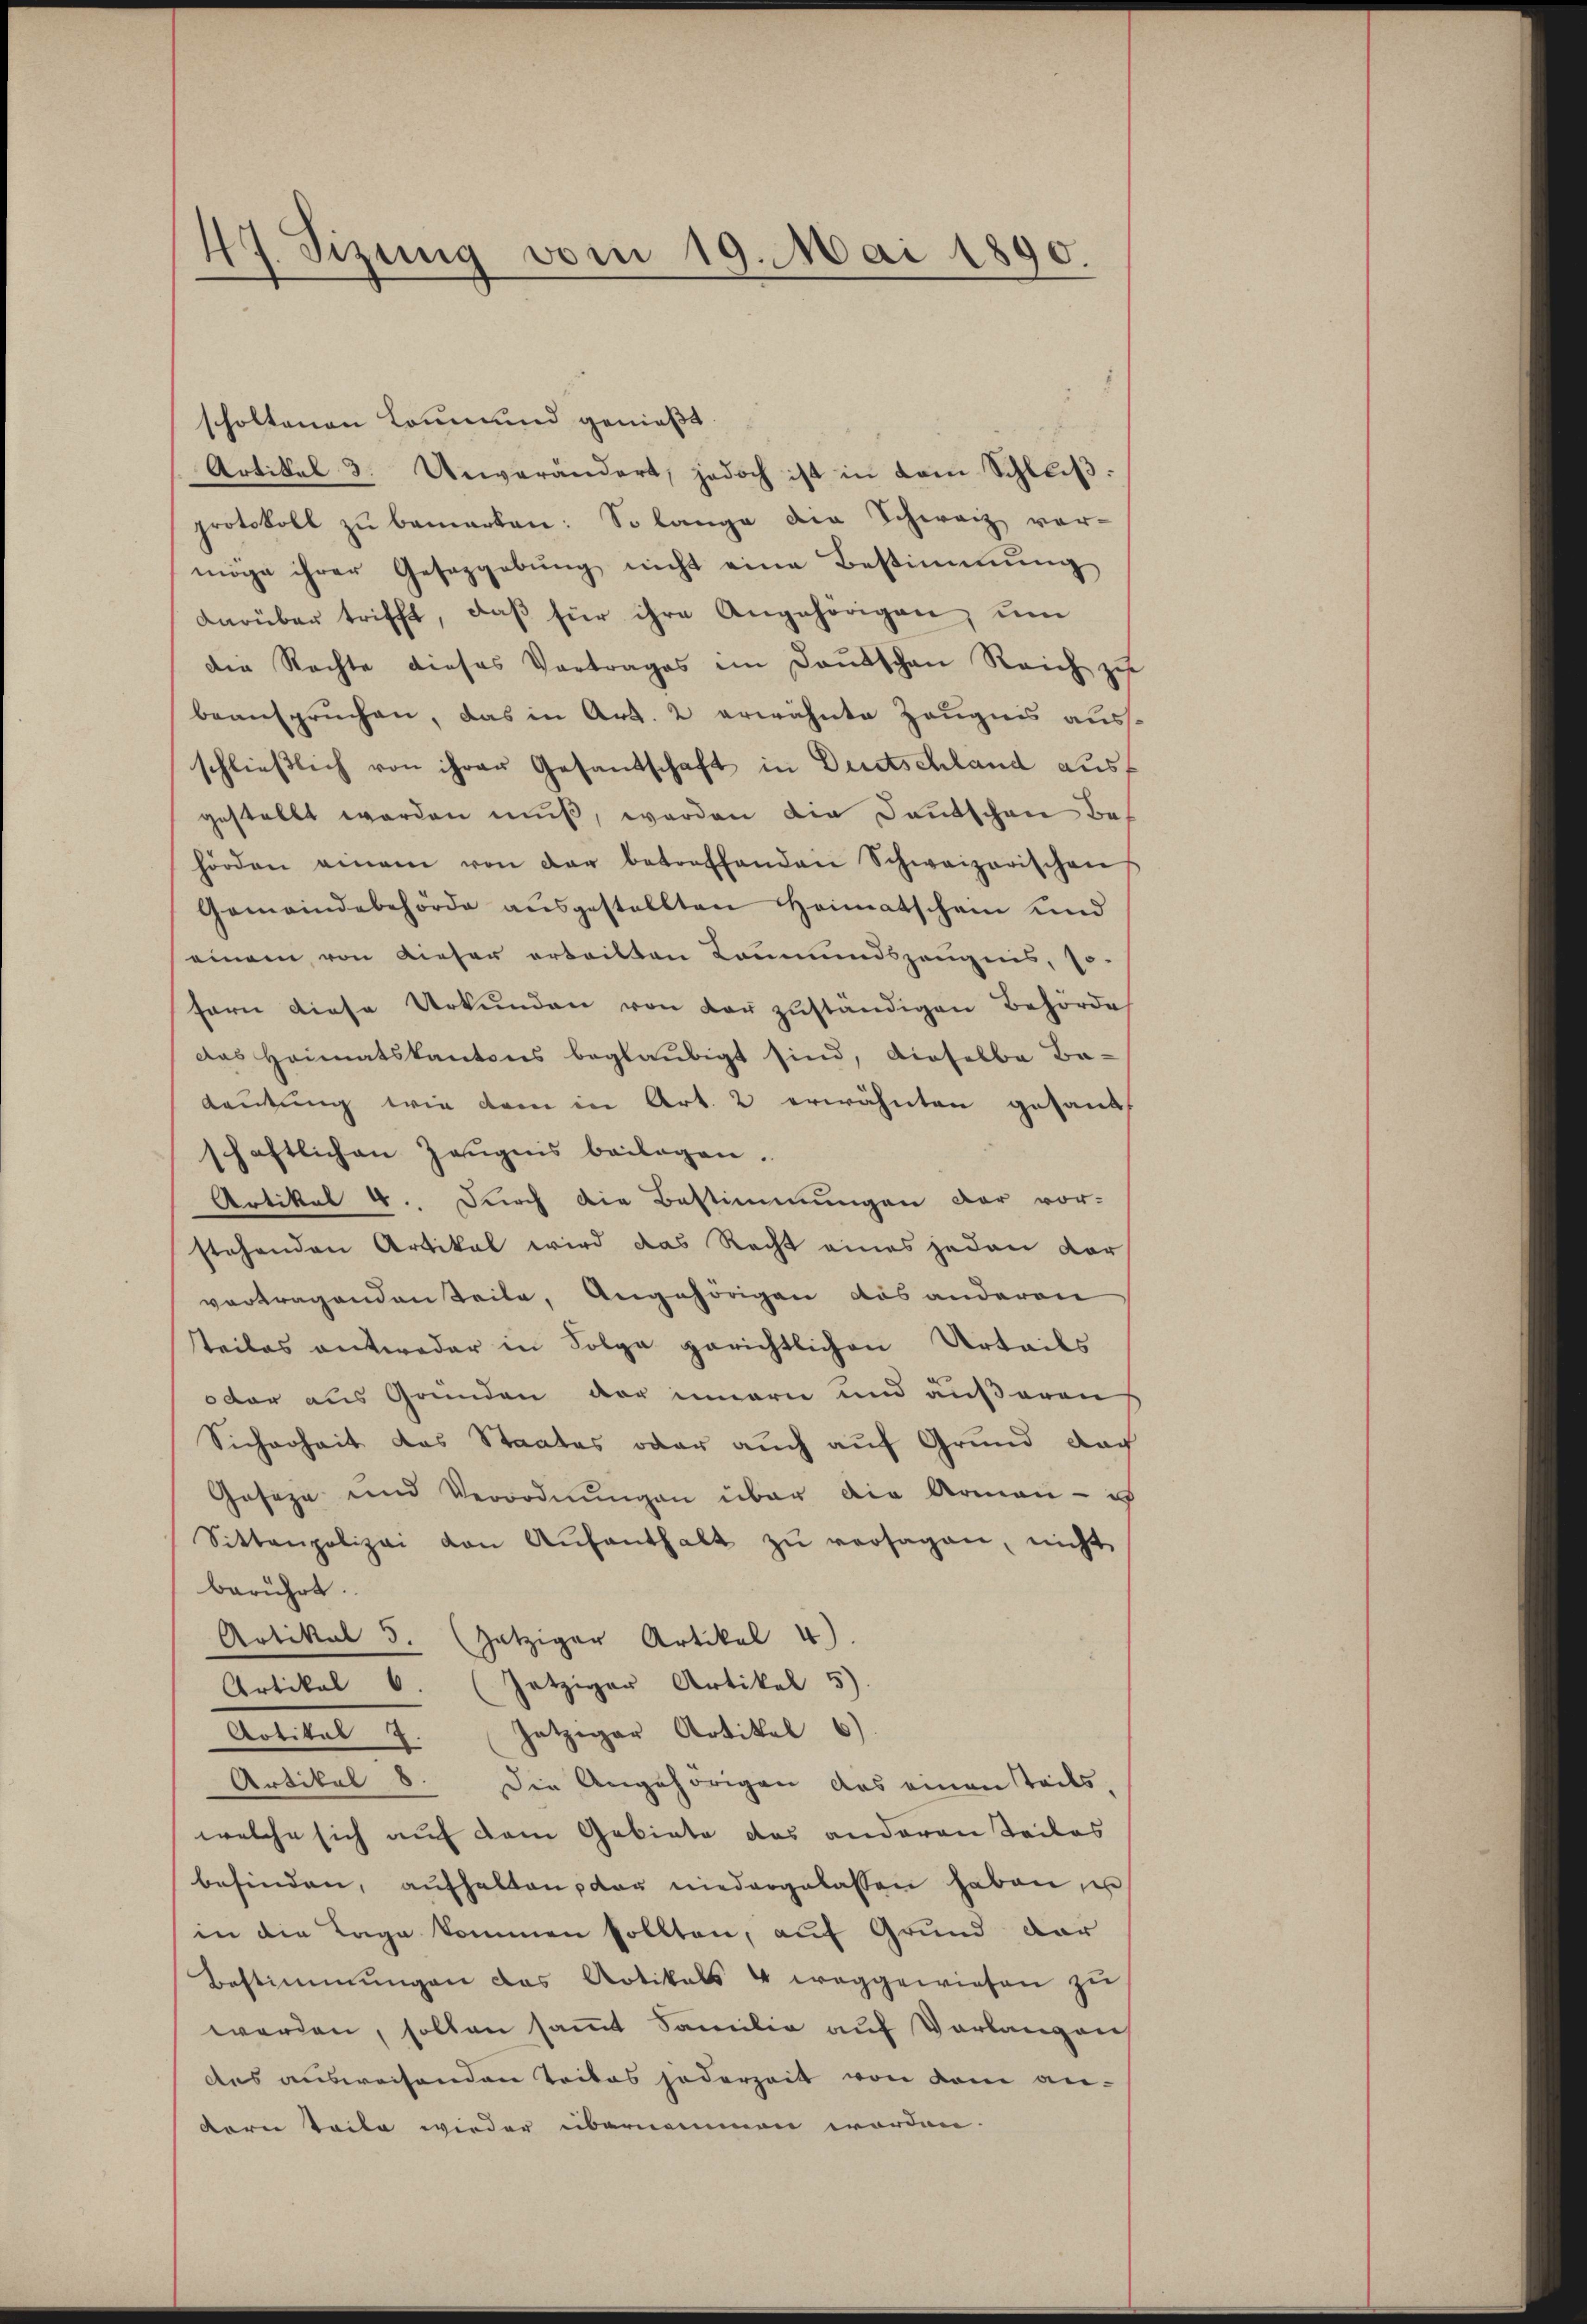
47. Sizung vom 19. Mai 1890.

scholtenen Commund genießt.
Artikel 3. Unverändert, jedoch ist in dem Schlŭβ:
protokoll zŭ bemerken: So lange die Schweiz vor-
möge ihrer Gesetzgebung nicht eine Bestimmung
darüber trifft, daβ für ihre Angehörigen, um
die Rechte dieses Vortrages im Deutschen Reich zu
beanspruchen, das in Art. 2 erwähnte Zeugnis aussschließlich von ihrer Gesandschaft in Dunstschland ausf
gestellt worden muß, worden die Deutschen Behörden einem von der betreffenden Schweizerischen
Gemeindebehörde aŭsgestellten Heimatschein und
einem von Dieser erteilten Leumundszeugnis, so-
fern diese Urkunden von der zuständigen Behörde
das Heimatskantons beglaubigt sind, dieselbe Be-
deutung wie dann in Art. 2 erwähnten gesandt
schaftlichen Zeŭgnis beilagen.
Artikel 4. Durch die Bestimmungen der vor-
stehenden Artikal wird das Recht eines jeden dor
vertragenden Teile, Angehörigen das anderen
teiles antweder in Folge gerichtlichen Urteils
oder aus Gründen der innern und äußerens
Sicherheit das Staates oder auch auf Grund doch
Geseze und Verordnungen über die Armen - ich
Sittenpolizei von Aŭfenthalt zŭ versagen, nicht
berührt.
Artikel 5. (jetziger Artikel 4)
Artikel 6. Jetziger Artikel 5)
Artikel 7. Hotziger Artikel 6)
Artikel 8. Die Angehörigen das einen Todes-
welche sich auf dem Gebiete das anderen Teiles
befinden, aŭfhalten, der niedergelassen haben, u
in die Tage kommen sollten, auf Grund dar
Bestimmungen das Artikals 4 weggewiesen zu
werden, sollen samt Familie auf Verlangen
des ausweisenden Teiles jederzeit von dem an-
dern Teile wieder übernommen worden.